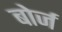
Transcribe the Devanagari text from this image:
बोर्ज